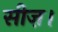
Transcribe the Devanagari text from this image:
सीज़।